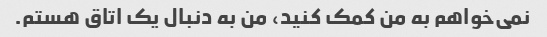
نمی‌خواهم به من کمک کنید، من به دنبال یک اتاق هستم.